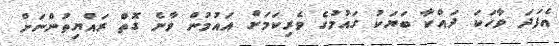
އެފަދަ ވާހަކަ ދައްކާ ބަޔަކު ގައުމުގެ ވެރިކަމަށް އައުމުން ވާނެ ގޮތް ރައްޔިތުންނަށް